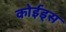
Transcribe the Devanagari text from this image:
कोईड्स